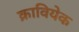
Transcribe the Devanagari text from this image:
क्रावियेक